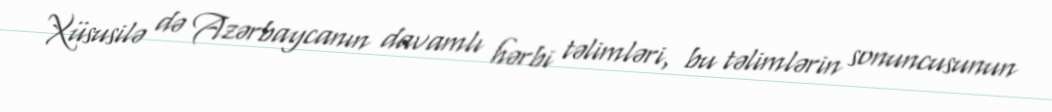
Xüsusilə də Azərbaycanın davamlı hərbi təlimləri, bu təlimlərin sonuncusunun